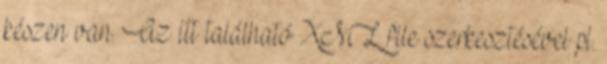
készen van. Az itt található XML file szerkesztésével pl.